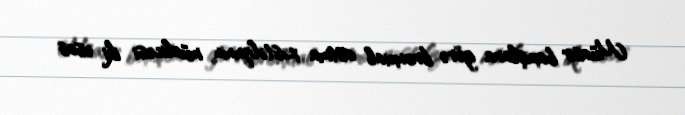
Müasir baxışlara görə bronxial astma xəstəliyinin müalicəsi iki əsas